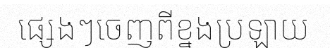
ផ្សេងៗចេញពីខ្នងប្រឡាយ